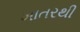
ખાતરથી